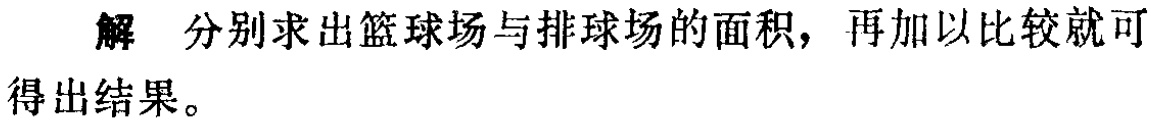
解 分别求出篮球场与排球场的面积，再加以比较就可得出结果。